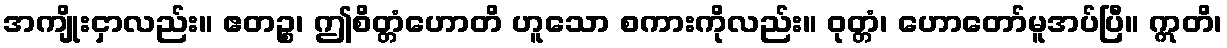
အကျိုးငှာလည်း။ ဧတဉ္စ၊ ဤစိတ္တံဟောတိ ဟူသော စကားကိုလည်း။ ဝုတ္တံ၊ ဟောတော်မူအပ်ပြီ။ ဣတိ၊